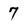
Character: 7